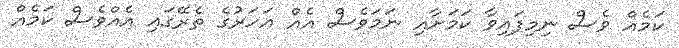
ކަމެއް ވެސް ނިމިފައިވާ ކަމަށާއި ނަމަވެސް އެއް އަހަރުގެ ތެރޭގައި އެއްވެސް ކަމެއް